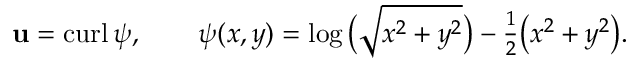
{ \mathbf u } = { \mathrm { c u r l } \, } \psi , \qquad \psi ( x , y ) = \log \big ( \sqrt { x ^ { 2 } + y ^ { 2 } } \big ) - { \textstyle { \frac { 1 } { 2 } } } \big ( x ^ { 2 } + y ^ { 2 } \big ) .